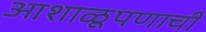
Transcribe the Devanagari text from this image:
आशाळूपणाची